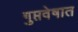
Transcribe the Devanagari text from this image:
गुप्तवेषात